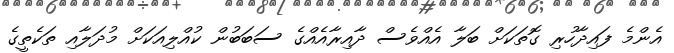
އެންމެ ފައިދާހުރި ގޮތަކަށް ބަލާ އެއްވެސް ދާއިރާއެއްގެ ސަބަބުން ކުއްލިއަކަށް މުދަލާއި ތަކެތީގެ